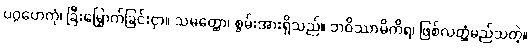
ပဂ္ဂဟေတုံ၊ ခြီးမြှောက်ခြင်းငှာ။ သမတ္ထော၊ စွမ်းအားရှိသည်။ ဘဝိဿာမိကိရ၊ ဖြစ်လတ္တံ့မည်သတဲ့။